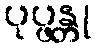
ပုပ္ဖန္တု